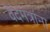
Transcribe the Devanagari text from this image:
वेदमंत्रांना